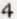
4